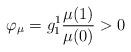
LaTeX: \begin{align*} \varphi_\mu =g_1^1 \frac{\mu(1)}{\mu(0)}>0\end{align*}